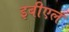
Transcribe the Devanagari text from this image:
इबीएल